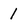
Character: 1